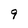
Character: 9